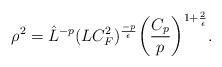
LaTeX: \begin{align*} \rho^2 = \hat{L}^{-p}(LC_F^2)^{\frac{-p}{\epsilon}} \bigg( \frac{C_p}{p}\bigg)^{1+\frac{2}{\epsilon}}. \end{align*}